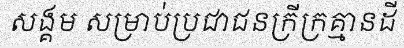
សង្គម សម្រាប់ប្រជាជនក្រីក្រគ្មានដី